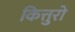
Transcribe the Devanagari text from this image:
कित्तुरो